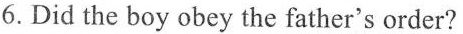
6. Did the boy obey the father's order?